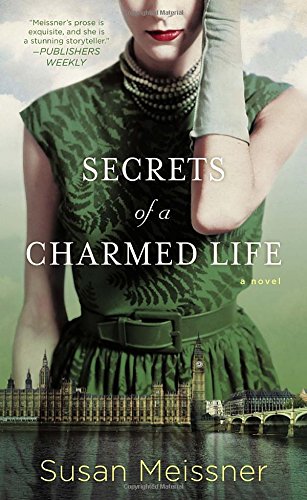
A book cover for Secrets of a Charmed Life; Susan Meissner; Literature & Fiction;